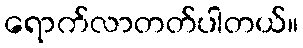
ရောက်လာတတ်ပါတယ်။